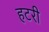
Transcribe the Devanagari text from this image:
हटरी